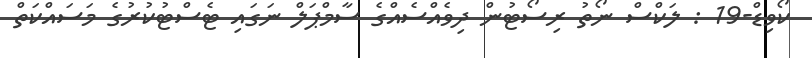
ކޯވިޑް-19 : ލަކްސް ނޯތު ރިސޯޓުން ދިވެއްސެއްގެ ސާމްޕަލް ނަގައި ޓެސްޓުކުރުގެ މަސައްކަތް